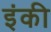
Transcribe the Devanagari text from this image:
इंकी